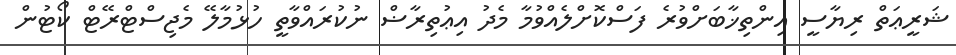
ޝަރީޢަތް ރިޔާސީ އިންތިޚާބަށްވުރެ ފަސްކޮށްލެއްވުމާ މެދު އިޢުތިރާޟް ނުކުރައްވާތީ ހުޅުމާލޭ މެޖިސްޓްރޭޓް ކޯޓުން